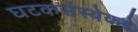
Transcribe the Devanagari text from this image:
घटकसंस्थेकडे